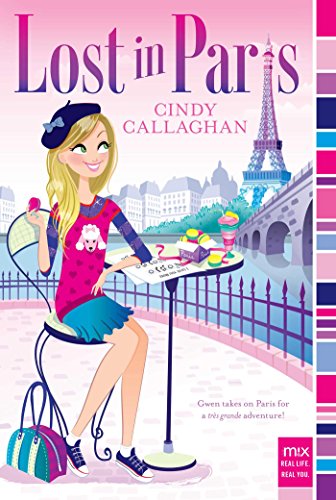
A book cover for Lost in Paris (mix); Cindy Callaghan; Children's Books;